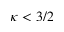
\kappa < 3 / 2